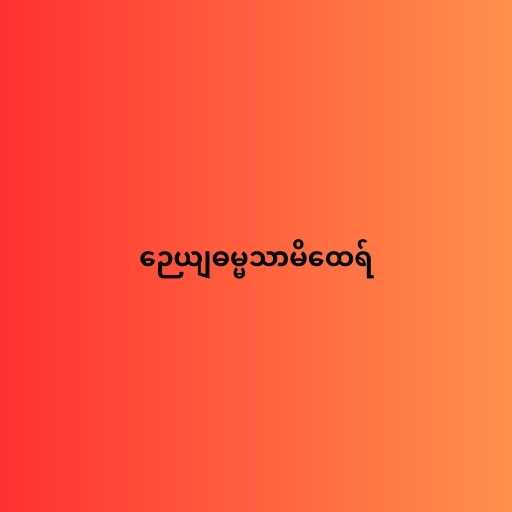
ဉေယျဓမ္မသာမိထေရ်